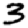
Digit: 3